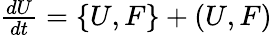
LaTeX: \begin{array}{r}{\frac{dU}{dt}=\{ U,F\} +(U,F)}\end{array}